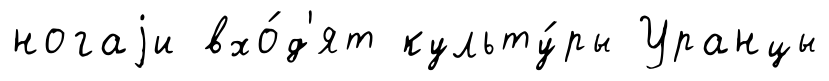
ногаjи вхо́д'ят культу́ры Уранцы